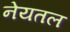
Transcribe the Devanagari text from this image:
नेयतल